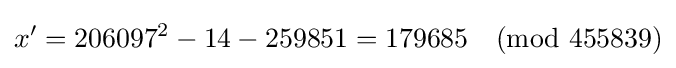
x'=206097^{2}-14-259851=179685{\pmod {455839}}